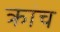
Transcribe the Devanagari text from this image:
क्रांच